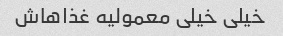
خیلی خیلی معمولیه غذاهاش